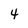
Character: 4